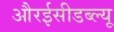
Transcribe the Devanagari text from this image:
औरईसीडब्ल्यू